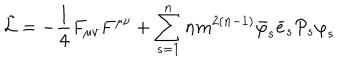
\tilde { { \cal L } } = - \frac { 1 } { 4 } F _ { \mu \nu } F ^ { \mu \nu } + \sum _ { s = 1 } ^ { n } n m ^ { 2 \left( n - 1 \right) } { \bar { \varphi } } _ { s } { \bar { e } } _ { s } { { \cal P } } _ { s } { \varphi } _ { s }